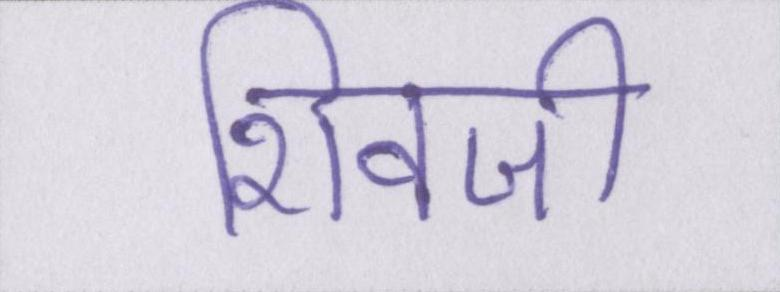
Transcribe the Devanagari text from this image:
शिवजी